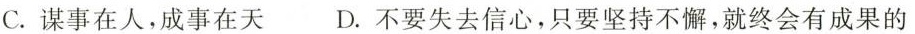
C.谋事在人，成事在天 D.不要失去信心，只要坚持不懈，就终会有成果的